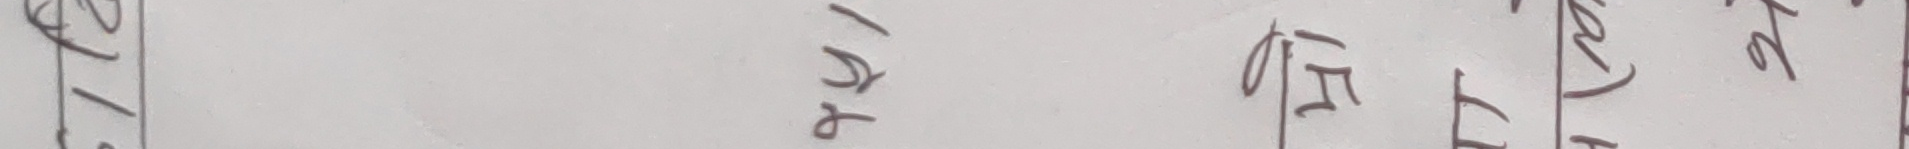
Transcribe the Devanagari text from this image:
वृत्तः लागि केन्द्र पनि